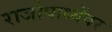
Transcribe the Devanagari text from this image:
राजोपाध्येंवर